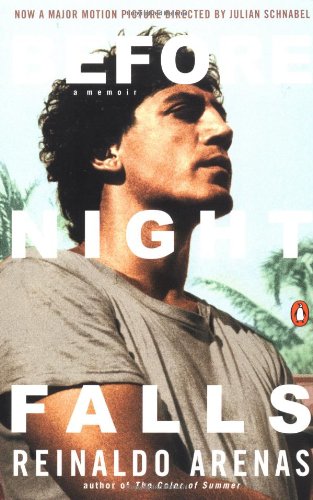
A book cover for Before Night Falls: A Memoir; Reinaldo Arenas; Gay & Lesbian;